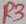
Text: R3